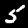
Digit: 5